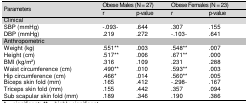
<table><thead><tr><td rowspan="3"><b>Parameters</b></td><td colspan="2"><b>Obese Males (N = 27)</b></td><td colspan="2"><b>Obese Females (N = 23)</b></td></tr><tr><td><b>r</b></td><td><b>p-value</b></td><td><b>r</b></td><td><b>p-value</b></td></tr></thead><tbody><tr><td>Clinical</td><td></td><td></td><td></td><td></td></tr><tr><td>SBP (mmHg)</td><td>-.093-</td><td>.644</td><td>.307</td><td>.155</td></tr><tr><td>DBP (mmHg)</td><td>.219</td><td>.272</td><td>-.103-</td><td>.641</td></tr><tr><td>Anthropometric</td><td></td><td></td><td></td><td></td></tr><tr><td>Weight (kg)</td><td>.551**</td><td>.003</td><td>.548**</td><td>.007</td></tr><tr><td>Height (cm)</td><td>.517**</td><td>.006</td><td>.671**</td><td>.000</td></tr><tr><td>BMI (kg/m2)</td><td>.316</td><td>.109</td><td>.231</td><td>.288</td></tr><tr><td>Waist circumference (cm)</td><td>.490**</td><td>.010</td><td>.593**</td><td>.003</td></tr><tr><td>Hip circumference (cm)</td><td>.466*</td><td>.014</td><td>.560**</td><td>.005</td></tr><tr><td>Biceps skin fold (mm)</td><td>.165</td><td>.412</td><td>-.298-</td><td>.167</td></tr><tr><td>Triceps skin fold (mm)</td><td>.155</td><td>.442</td><td>.357</td><td>.094</td></tr><tr><td>Sub scapular skin fold (mm)</td><td>.189</td><td>.346</td><td>.190</td><td>.386</td></tr></tbody></table>